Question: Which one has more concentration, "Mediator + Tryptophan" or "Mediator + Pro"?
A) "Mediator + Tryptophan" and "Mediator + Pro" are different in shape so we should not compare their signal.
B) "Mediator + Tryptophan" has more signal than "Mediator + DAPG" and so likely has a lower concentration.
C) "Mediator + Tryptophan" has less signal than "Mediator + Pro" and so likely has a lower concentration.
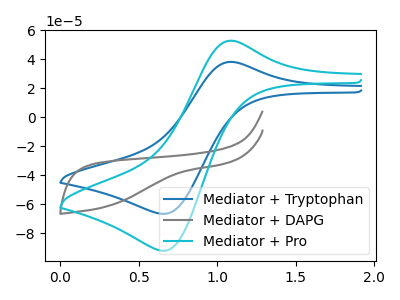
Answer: <think>The blue curve "Mediator + Tryptophan" has an anodic peak at (1.10V, 38.20uA) and a cathodic peak at (0.65V, -66.50uA). The gray curve "Mediator + DAPG" has no peaks. The cyan curve "Mediator + Pro" has an anodic peak at (1.10V, 52.80uA) and a cathodic peak at (0.65V, -91.90uA).
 All the peaks in "Mediator + Tryptophan" have a peak in "Mediator + Pro" at the same potential. Every peak in "Mediator + Tryptophan" is lower than every peak in "Mediator + Pro".</think>
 <answer>C) "Mediator + Tryptophan" has less signal than "Mediator + Pro" and so likely has a lower concentration.</answer>
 <eval>C</eval>